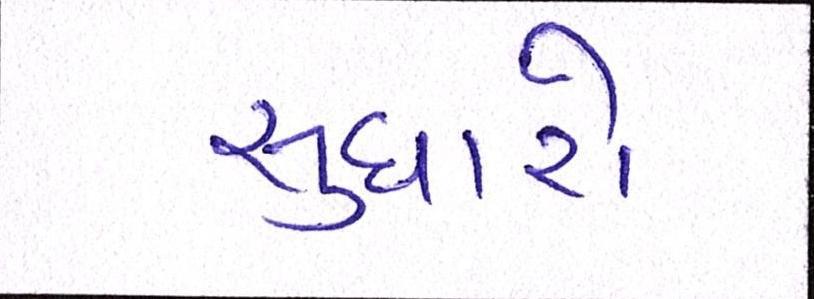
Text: સુધારો